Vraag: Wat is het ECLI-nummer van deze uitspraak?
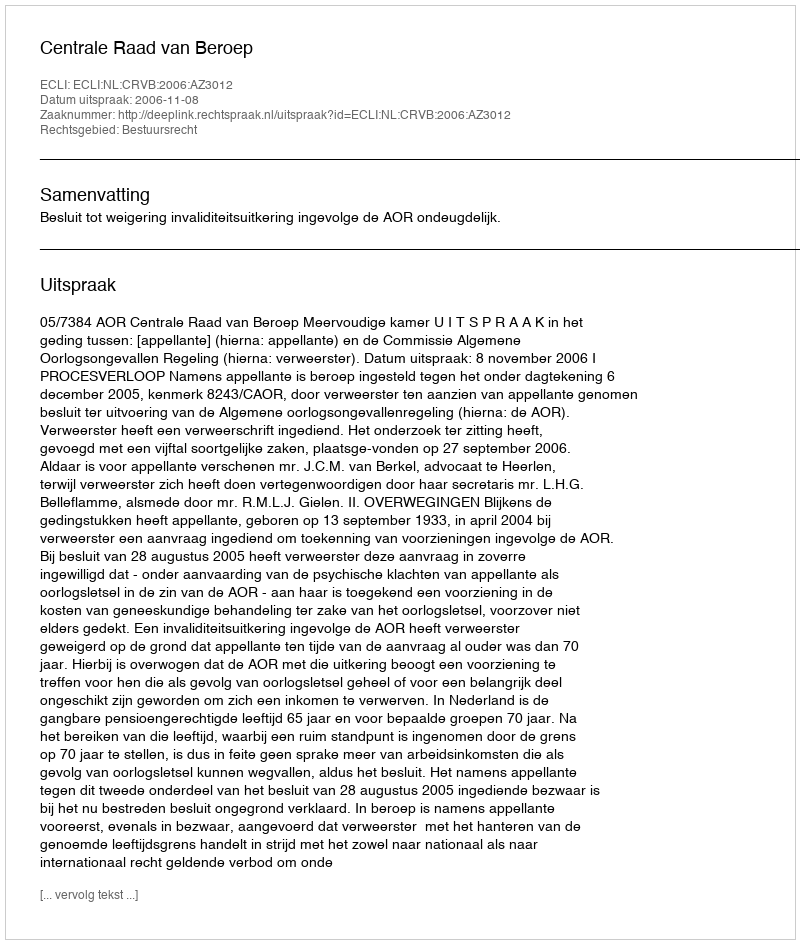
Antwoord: ECLI:NL:CRVB:2006:AZ3012